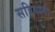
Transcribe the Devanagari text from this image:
सहियोगी